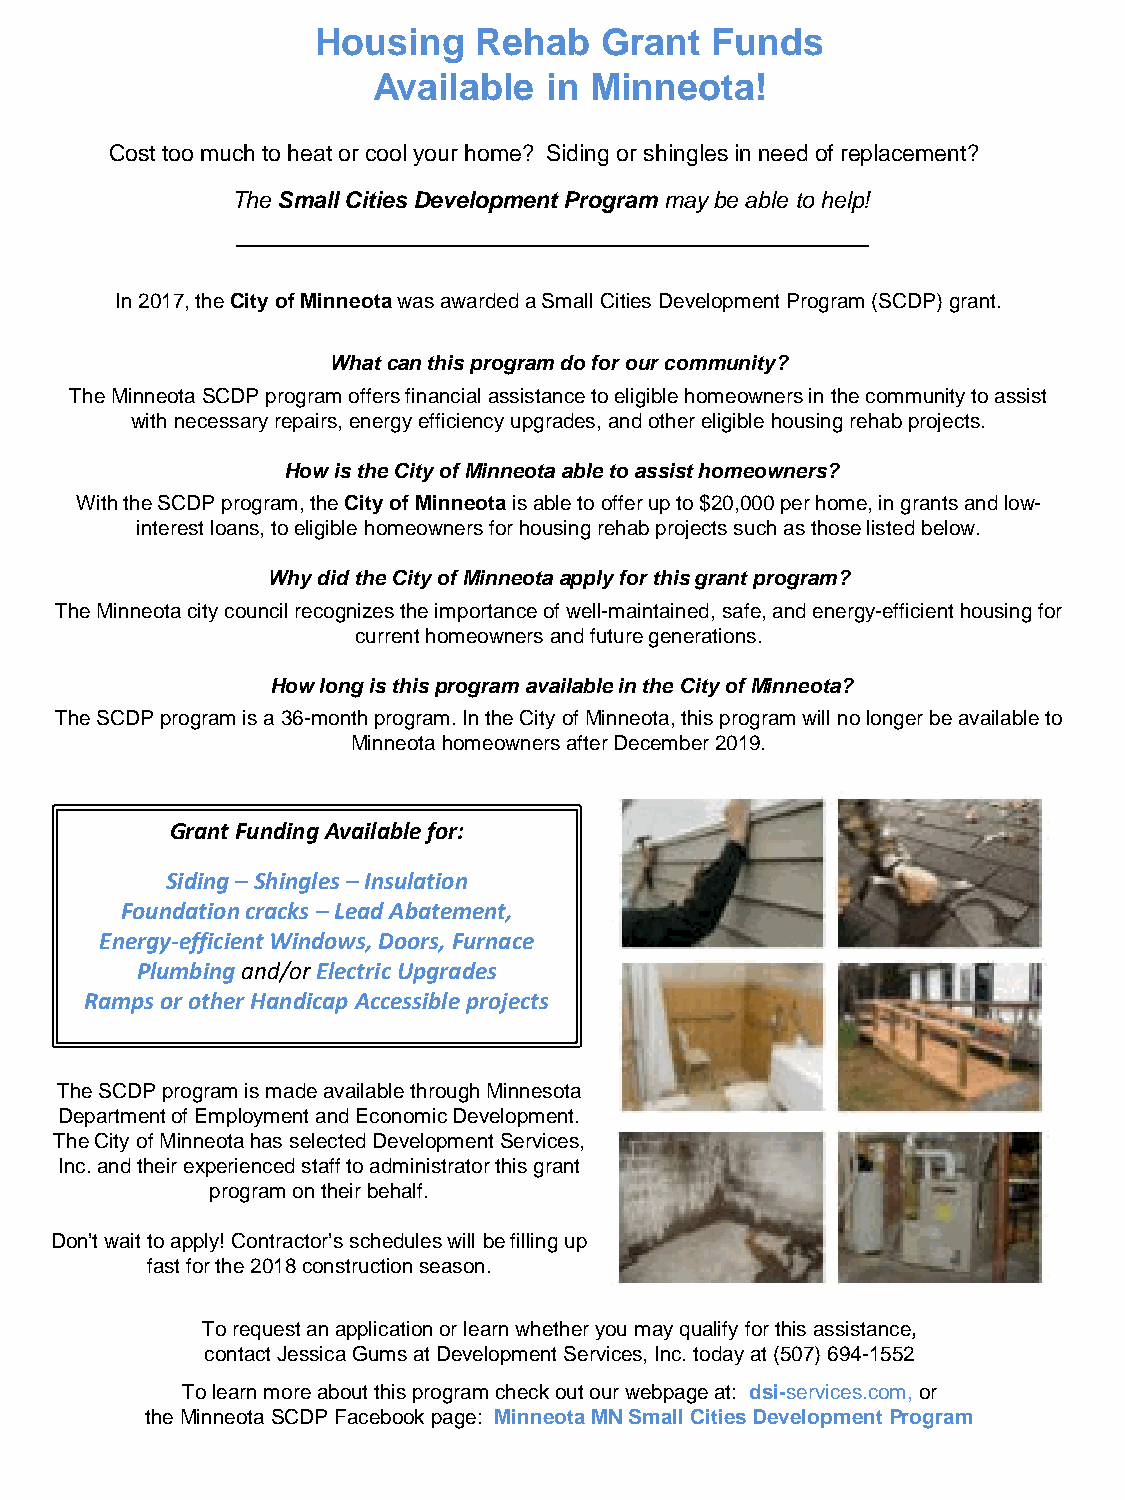
Housing    Rehab   Grant  Funds
 Available  in Minneota!
 Cost too much to heat or cool your home? Siding or shingles in need of replacement?
 The Small Cities Development Program may be able to help!
 In 2017, the City of Minneota was awarded a Small Cities Development Program (SCDP) grant.
 What can this program do for our community?
 The Minneota SCDP program offers financial assistance to eligible homeowners in the community to assist
 with necessary repairs, energy efficiency upgrades, and other eligible housing rehab projects.
 How is the City of Minneota able to assist homeowners?
 With the SCDP program, the City of Minneota is able to offer up to $20,000 per home, in grants and low-
 interest loans, to eligible homeowners for housing rehab projects such as those listed below.
 Why did the City of Minneota apply for this grant program?
 The Minneota city council recognizes the importance of well-maintained, safe, and energy-efficient housing for
 current homeowners and future generations.
 How long is this program available in the City of Minneota?
 The SCDP program is a 36-month program. In the City of Minneota, this program will no longer be available to
 Minneota homeowners after December 2019.
 Grant Funding Available for:
 Siding – Shingles – Insulation
 Foundation cracks – Lead Abatement,
 Energy-efficient Windows, Doors, Furnace
 Plumbing and/or Electric Upgrades
 Ramps or other Handicap Accessible projects
 The SCDP program is made available through Minnesota
 Department of Employment and Economic Development.
 The City of Minneota has selected Development Services,
 Inc. and their experienced staff to administrator this grant
 program on their behalf.
 Don’t wait to apply! Contractor’s schedules will be filling up
 fast for the 2018 construction season.
 To request an application or learn whether you may qualify for this assistance,
 contact Jessica Gums at Development Services, Inc. today at (507) 694-1552
 To learn more about this program check out our webpage at: dsi-services.com, or
 the Minneota SCDP Facebook page: Minneota MN Small Cities Development Program